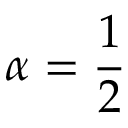
\alpha = \frac { 1 } { 2 }